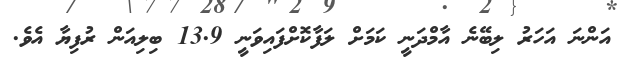
އަންނަ އަހަރު ލިބޭނެ އާމްދަނީ ކަމަށް ލަފާކޮށްފައިވަނީ 13.9 ބިލިއަން ރުފިޔާ އެވެ.